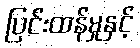
ပြင်းထန်မှုနှင့်